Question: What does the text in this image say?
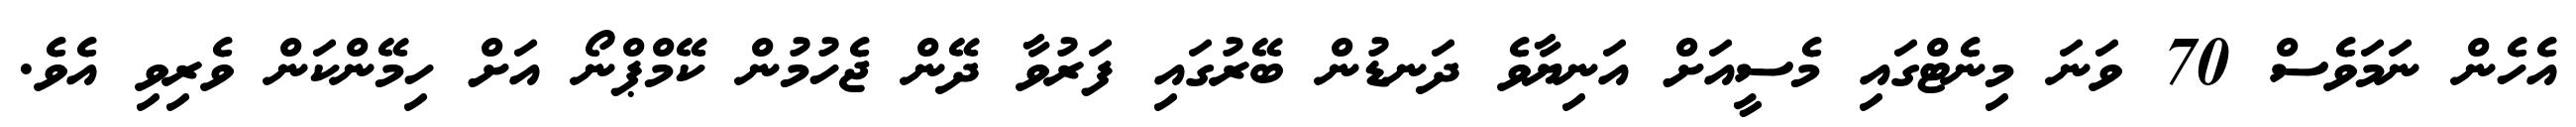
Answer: އެހެން ނަމަވެސް 70 ވަނަ މިނެޓްގައި މެސީއަށް އަނިޔާވެ ދަނޑުން ބޭރުގައި ފަރުވާ ދޭން ޖެހުމުން ކޭމްޕްނޯ އަށް ހިމޭންކަން ވެރިވި އެވެ.